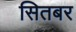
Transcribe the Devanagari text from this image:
सितबर